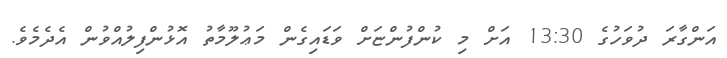
އަންގާރަ ދުވަހުގެ 13:30 އަށް މި ކުންފުންޏަށް ވަޑައިގެން މަޢުލޫމާތު އޮޅުންފިލުއްވުން އެދެމެވެ.